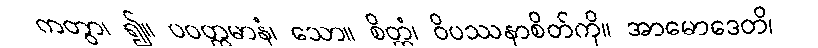
ကတွာ၊ ၍။ ပဝတ္တမာနံ၊ သော။ စိတ္တံ၊ ဝိပဿနာစိတ်ကို။ အာမောဒေတိ၊